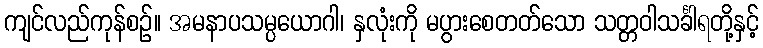
ကျင်လည်ကုန်စဉ်။ အမနာပသမ္ပယောဂါ၊ နှလုံးကို မပွားစေတတ်သော သတ္တဝါသင်္ခါရတို့နှင့်